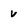
Character: v